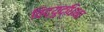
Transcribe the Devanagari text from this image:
विद्युद्धिभव